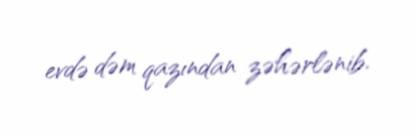
evdə dəm qazından zəhərlənib.